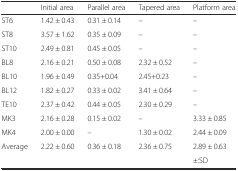
<table><thead><tr><td></td><td><b>Initial area</b></td><td><b>Parallel area</b></td><td><b>Tapered area</b></td><td><b>Platform area</b></td></tr></thead><tbody><tr><td>ST6</td><td>1.42 ± 0.43</td><td>0.31 ± 0.14</td><td>–</td><td>–</td></tr><tr><td>ST8</td><td>3.57 ± 1.62</td><td>0.35 ± 0.09</td><td>–</td><td>–</td></tr><tr><td>ST10</td><td>2.49 ± 0.81</td><td>0.45 ± 0.05</td><td>–</td><td>–</td></tr><tr><td>BL8</td><td>2.16 ± 0.21</td><td>0.50 ± 0.08</td><td>2.32 ± 0.52</td><td>–</td></tr><tr><td>BL10</td><td>1.96 ± 0.49</td><td>0.35+0.04</td><td>2.45+0.23</td><td>–</td></tr><tr><td>BL12</td><td>1.82 ± 0.27</td><td>0.33 ± 0.02</td><td>3.41 ± 0.64</td><td>–</td></tr><tr><td>TE10</td><td>2.37 ± 0.42</td><td>0.44 ± 0.05</td><td>2.30 ± 0.29</td><td>–</td></tr><tr><td>MK3</td><td>2.16 ± 0.28</td><td>0.15 ± 0.02</td><td>–</td><td>3.33 ± 0.85</td></tr><tr><td>MK4</td><td>2.00 ± 0.00</td><td>–</td><td>1.30 ± 0.02</td><td>2.44 ± 0.09</td></tr><tr><td>Average</td><td>2.22 ± 0.60</td><td>0.36 ± 0.18</td><td>2.36 ± 0.75</td><td>2.89 ± 0.63</td></tr><tr><td colspan="4"></td><td>±:SD</td></tr></tbody></table>